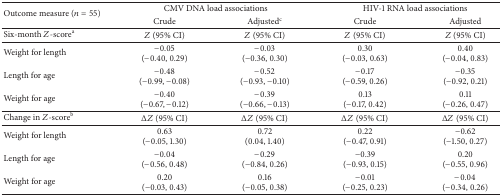
<table><thead><tr><td rowspan="2"><b>Outcome measure (<i>n</i> = 55)</b></td><td colspan="2"><b>CMV DNA load associations </b></td><td colspan="2"><b>HIV-1 RNA load associations</b></td></tr><tr><td><b>Crude</b></td><td><b>Adjusted<sup>c</sup></b></td><td><b>Crude</b></td><td><b>Adjusted</b></td></tr></thead><tbody><tr><td>Six-month <i>Z</i>-score<sup>a</sup></td><td><i>Z</i> (95% CI)</td><td><i>Z</i> (95% CI)</td><td><i>Z</i> (95% CI)</td><td><i>Z</i> (95% CI)</td></tr><tr><td>Weight for length</td><td>−0.05(−0.40, 0.29)</td><td>−0.03(−0.36, 0.30)</td><td>0.30(−0.03, 0.63)</td><td>0.40(−0.04, 0.83)</td></tr><tr><td>Length for age</td><td>−0.48(−0.99, −0.08)</td><td>−0.52(−0.93, −0.10)</td><td>−0.17(−0.59, 0.26)</td><td>−0.35(−0.92, 0.21)</td></tr><tr><td>Weight for age</td><td>−0.40(−0.67, −0.12)</td><td>−0.39(−0.66, −0.13)</td><td>0.13(−0.17, 0.42)</td><td>0.11(−0.26, 0.47)</td></tr><tr><td>Change in <i>Z</i>-score<sup>b</sup></td><td>Δ<i>Z</i> (95% CI)</td><td>Δ<i>Z</i> (95% CI)</td><td>Δ<i>Z</i> (95% CI)</td><td>Δ<i>Z</i> (95% CI)</td></tr><tr><td>Weight for length</td><td>0.63(−0.05, 1.30)</td><td>0.72(0.04, 1.40)</td><td>0.22(−0.47, 0.91)</td><td>−0.62(−1.50, 0.27)</td></tr><tr><td>Length for age</td><td>−0.04(−0.56, 0.48)</td><td>−0.29(−0.84, 0.26)</td><td>−0.39(−0.93, 0.15)</td><td>0.20(−0.55, 0.96)</td></tr><tr><td>Weight for age</td><td>0.20(−0.03, 0.43)</td><td>0.16(−0.05, 0.38)</td><td>−0.01(−0.25, 0.23)</td><td>−0.04(−0.34, 0.26)</td></tr></tbody></table>